Civil Veterinary Department. Madras. Admin. report 1926-33 - 1926-1933
Year: 1926
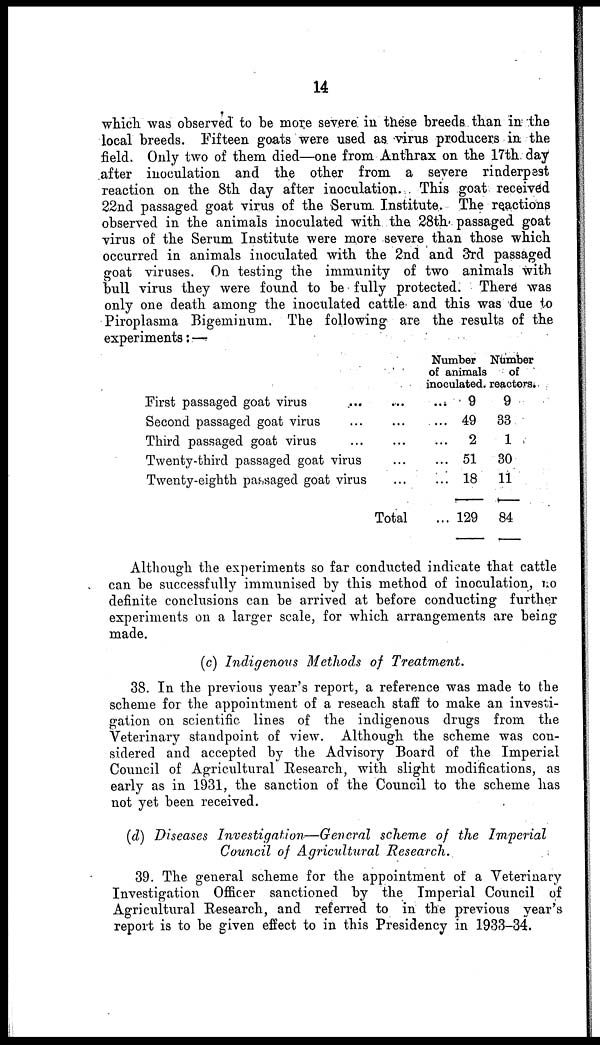
14
which was observed to be more severe in these breeds than in the
local breeds. Fifteen goats were used as virus producers in the
field. Only two of them died—one from Anthrax on the 17th day
after inoculation and the other from a severe rinderpest
reaction on the 8th day after inoculation. This goat received
22nd passaged goat virus of the Serum Institute. The reactions
observed in the animals inoculated with the 28th passaged goat
virus of the Serum Institute were more severe than those which
occurred in animals inoculated with the 2nd and 3rd passaged
goat viruses. On testing the immunity of two animals with
bull virus they were found to be fully protected. There was
only one death among the inoculated cattle and this was due to
Piroplasma Bigeminum. The following are the results of the
experiments :—
First passaged goat virus … … ...
Second passaged goat virus … … ...
Third passaged goat virus … … ...
Twenty-third passaged goat virus … ...
Twenty-eighth passaged goat virus … ...
Total ...
Number
of animals
inoculated.
9
49
2
51
18
129
Number
of
reactors.
9
33
1
30
11
84
Although the experiments so far conducted indicate that cattle
can be successfully immunised by this method of inoculation, no
definite conclusions can be arrived at before conducting further
experiments on a larger scale, for which arrangements are being
made.
(c) Indigenous Methods of Treatment.
38. In the previous year's report, a reference was made to the
scheme for the appointment of a reseach staff to make an investi-
gation on scientific lines of the indigenous drugs from the
Veterinary standpoint of view. Although the scheme was con-
sidered and accepted by the Advisory Board of the Imperial
Council of Agricultural Research, with slight modifications, as
early as in 1931, the sanction of the Council to the scheme has
not yet been received.
(d) Diseases Investigation—General scheme of the Imperial
Council of Agricultural Research.
39. The general scheme for the appointment of a Veterinary
Investigation Officer sanctioned by the Imperial Council of
Agricultural Research, and referred to in the previous year's
report is to be given effect to in this Presidency in 1933-34.